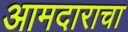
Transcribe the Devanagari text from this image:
आमदाराचा